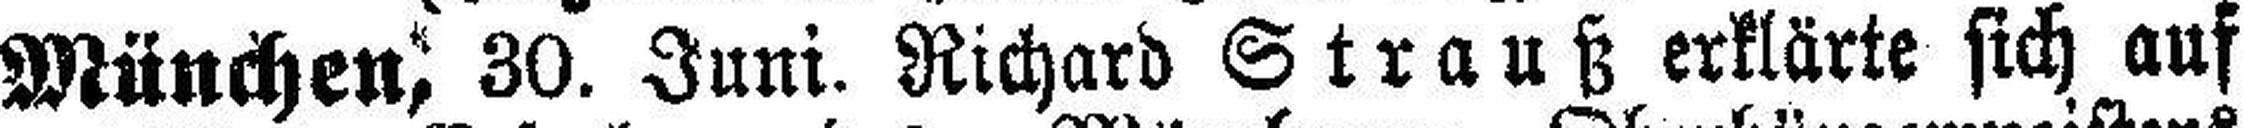
München, 30. Juni. Richard Strauß erklärte sich auf